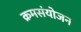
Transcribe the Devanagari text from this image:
क्रमसंयोजन